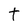
Character: t